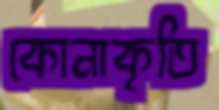
কোনাকৃতি